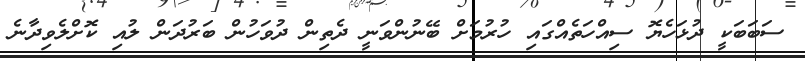
ސަބަބަކީ ދުޅަހެޔޮ ސިއްހަތެއްގައި ހުރުމަށް ބޭނުންވަނީ ދެތިން ދުވަހުން ބަރުދަން ލުއި ކޮށްލެވިދާނެ